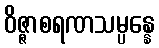
ဝိဇ္ဇာစရဏသမ္ပန္နေ